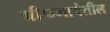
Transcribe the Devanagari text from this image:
ग्रीकभाषेतील